Subject: physics
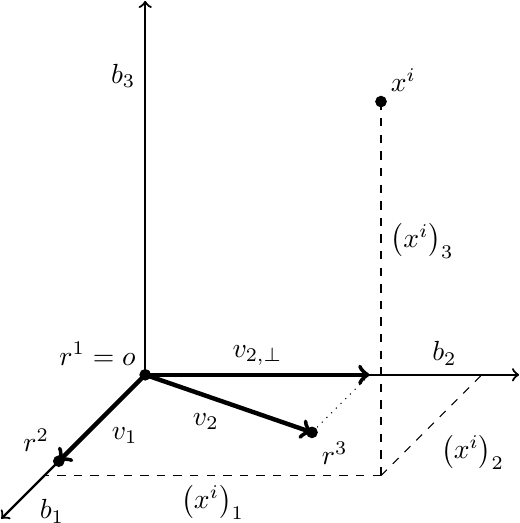
LaTeX code:
    \begin{tikzpicture}[
            scale=0.95,
			arr/.style={->,thick},
			varr/.style={->,ultra thick},
			dot/.style={radius=0.7mm},
			node distance=50mm
		]
		\draw[arr] (0,0,0) -- (0,0,5);
		\draw[arr] (0,0,0) -- (5,0,0);
		\draw[arr] (0,0,0) -- (0,5,0);
		\node[below right] at (0,0,4) {$b_1$};
		\node[above] at (4,0,0) {$b_2$};
		\node[left] at (0,4,0) {$b_3$};

		\draw[fill] (0,0,0) circle[dot];
		\node[above left] at (0,0,0) {$r^1 = o$};
		\draw[fill] (0,0,3) circle[dot];
		\node[above left] at (0,0,3) {$r^2$};
		\draw[varr] (0,0,0) -- (0,0,3);
		\node[below right] at (0,0,1.5) {$v_1$};
		\draw[fill] (3,0,2) circle[dot];
		\node[below right] at (3,0,2) {$r^3$};
		\draw[varr] (0,0,0) -- (3,0,2);
		\node[below left] at (1.5,0,1) {$v_2$};
		\draw[varr] (0,0,0) -- (3,0,0);
		\node[above] at (1.5,0,0) {$v_{2,\bot}$};
		\draw[dotted] (3,0,0) -- (3,0,2);

		\draw[fill] (4.5,5,3.5) circle[dot];
		\node[above right] at (4.5,5,3.5) {$x^i$};
		\draw[dashed] (4.5,5,3.5) -- (4.5,0,3.5);
		\draw[dashed] (4.5,0,3.5) -- (0,0,3.5);
		\draw[dashed] (4.5,0,3.5) -- (4.5,0,0);
		\node[below] at (2.25,0,3.5) {$\left(x^i\right)_1$};
		\node[below right] at (4.5,0,1.75) {$\left(x^i\right)_2$};
		\node[below right] at (4.5,3.5,3.5) {$\left(x^i\right)_3$};
	\end{tikzpicture}%